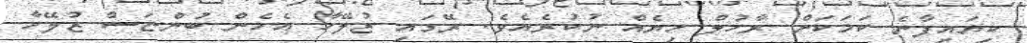
ކިޔައިފާނެ ކަމަކަށް ރާހުލް ހިޔެއް ނުކުރެއެވެ. ރޭގައި ޒުލޭހާ އެހެން ބުންޏަސް ޒުލޭހާ